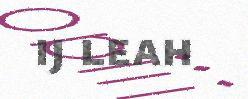
ij leah